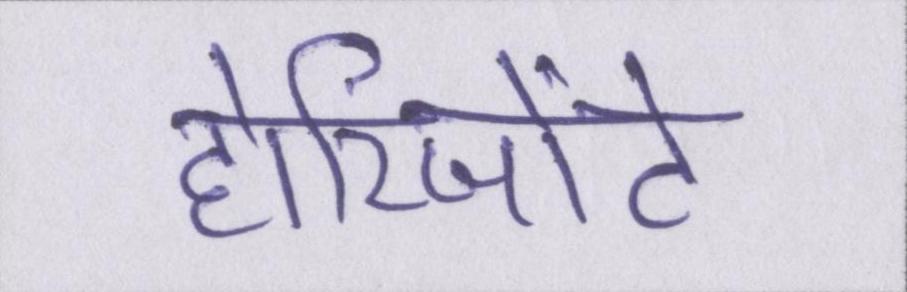
होरिजोंटे